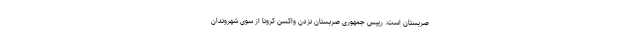
صربستان است. رییس جمهوری صربستان نزدن واکسن کرونا از سوی شهروندان